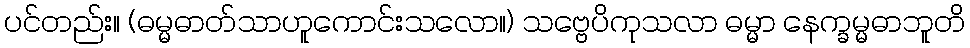
ပင်တည်း။ (ဓမ္မဓာတ်သာဟူကောင်းသလော။) သဗ္ဗေပိကုသလာ ဓမ္မာ နေက္ခမ္မဓာဘူတိ